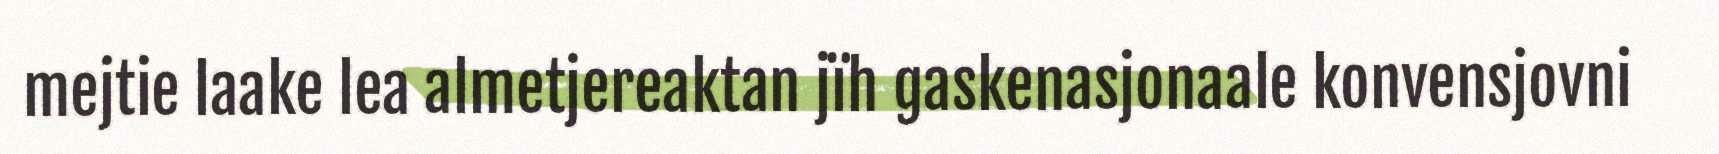
mejtie laake lea almetjereaktan jïh gaskenasjonaale konvensjovni